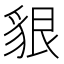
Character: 貇